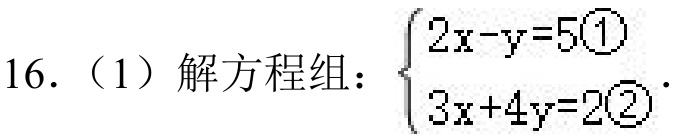
16.（1）解方程组：\(\begin{cases}2x - y = 5\textcircled{1}\\3x + 4y = 2\textcircled{2}\end{cases}\).